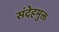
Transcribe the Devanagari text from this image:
संदेहमुक्त